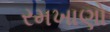
રમખાણો